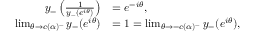
\begin{array} { r l } { y _ { - } \left( \frac { 1 } { y _ { - } \left( e ^ { i \theta } \right) } \right) } & { = e ^ { - i \theta } , } \\ { \operatorname* { l i m } _ { \theta \rightarrow c ( \alpha ) ^ { + } } y _ { - } ( e ^ { i \theta } ) } & { = 1 = \operatorname* { l i m } _ { \theta \rightarrow - c ( \alpha ) ^ { - } } y _ { - } ( e ^ { i \theta } ) , } \end{array}